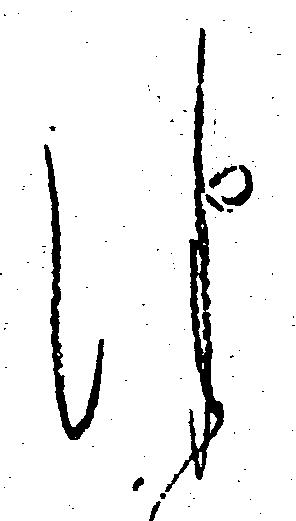
つ